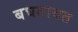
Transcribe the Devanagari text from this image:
बघतायत